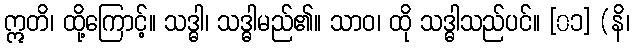
ဣတိ၊ ထို့ကြောင့်။ သဒ္ဓါ၊ သဒ္ဓါမည်၏။ သာဝ၊ ထို သဒ္ဓါသည်ပင်။ [၀၁] (နိ၊